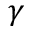
\gamma